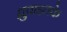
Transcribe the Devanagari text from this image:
ध्रुवाइतके